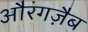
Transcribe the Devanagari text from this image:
औरंगज़ैब